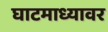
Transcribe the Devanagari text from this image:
घाटमाध्यावर